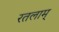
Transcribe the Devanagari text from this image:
रतलाम्